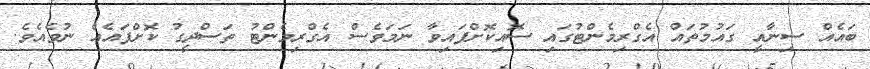
ބައެއް ސިނާއީ ގައުމުތައް އެގްރިމެންޓުގައި ސޮއިކޮށްފައިވާ ނަމަވެސް އެގްރިމެންޓު ތަސްދީގު ކޮށްފައެއް ނުވެއެވެ.